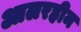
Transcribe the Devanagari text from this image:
आलरहीम